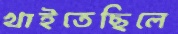
খাইতেছিলে